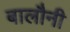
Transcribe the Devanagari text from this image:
बालौनी